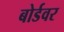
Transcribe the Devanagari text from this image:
बोर्डवर